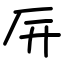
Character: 㕃